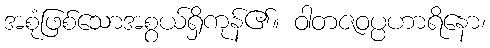
အစုံဖြစ်သောအစွယ်ရှိကုန်၏။ ဝါတဇဝပ္ပဟာရိနော၊